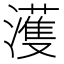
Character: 濩